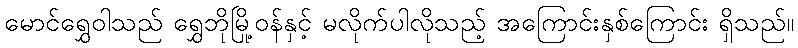
မောင်ရွှေဝါသည် ရွှေဘိုမြို့ဝန်နှင့် မလိုက်ပါလိုသည့် အကြောင်းနှစ်ကြောင်း ရှိသည်။